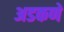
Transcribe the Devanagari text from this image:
अडकणे